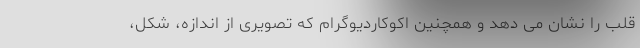
قلب را نشان می دهد و همچنین اکوکاردیوگرام که تصویری از اندازه، شکل،